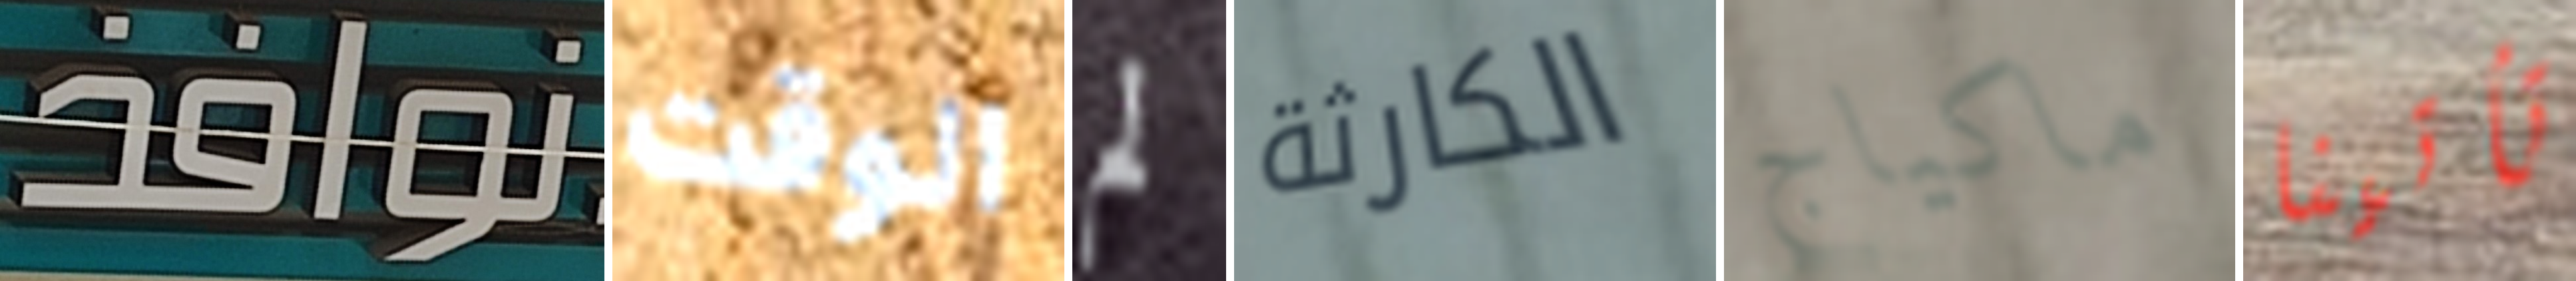
نوافذ الوقت لم الكارثة ماكياج تأتينا